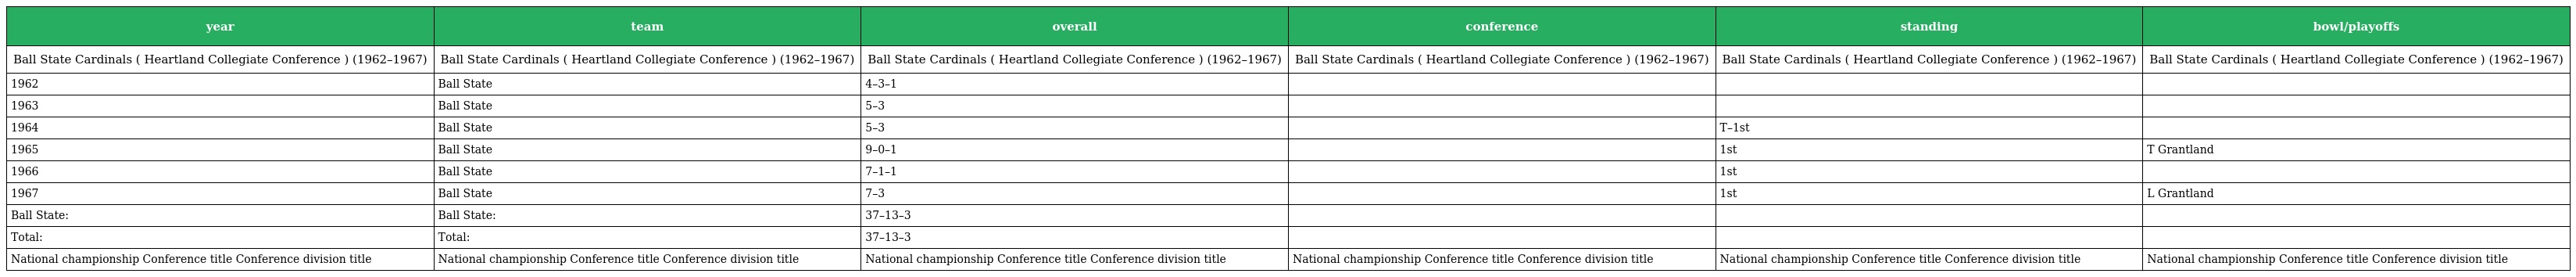
| year | team | overall | conference | standing | bowl/playoffs |
 | --- | --- | --- | --- | --- | --- |
 | Ball State Cardinals ( Heartland Collegiate Conference ) (1962–1967) | Ball State Cardinals ( Heartland Collegiate Conference ) (1962–1967) | Ball State Cardinals ( Heartland Collegiate Conference ) (1962–1967) | Ball State Cardinals ( Heartland Collegiate Conference ) (1962–1967) | Ball State Cardinals ( Heartland Collegiate Conference ) (1962–1967) | Ball State Cardinals ( Heartland Collegiate Conference ) (1962–1967) |
 | 1962 | Ball State | 4–3–1 |  |  |  |
 | 1963 | Ball State | 5–3 |  |  |  |
 | 1964 | Ball State | 5–3 |  | T–1st |  |
 | 1965 | Ball State | 9–0–1 |  | 1st | T Grantland |
 | 1966 | Ball State | 7–1–1 |  | 1st |  |
 | 1967 | Ball State | 7–3 |  | 1st | L Grantland |
 | Ball State: | Ball State: | 37–13–3 |  |  |  |
 | Total: | Total: | 37–13–3 |  |  |  |
 | National championship Conference title Conference division title | National championship Conference title Conference division title | National championship Conference title Conference division title | National championship Conference title Conference division title | National championship Conference title Conference division title | National championship Conference title Conference division title |